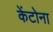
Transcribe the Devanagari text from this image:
केंटोना